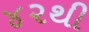
૪૨થી